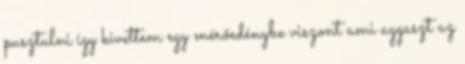
pusztulni így kivettem egy mérőedénybe viszont ami aggaszt az